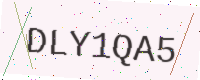
Text: DLY1QA5